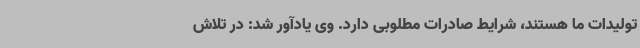
تولیدات ما هستند، شرایط صادرات مطلوبی دارد. وی یادآور شد: در تلاش